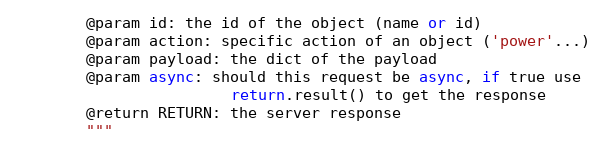
Language: Python
        @param id: the id of the object (name or id)
        @param action: specific action of an object ('power'...)
        @param payload: the dict of the payload
        @param async: should this request be async, if true use
                        return.result() to get the response
        @return RETURN: the server response
        """